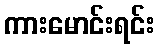
ကားမောင်းရင်း